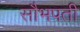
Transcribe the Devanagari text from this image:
सौभपती